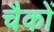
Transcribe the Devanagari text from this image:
चैकों